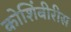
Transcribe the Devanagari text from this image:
कोशिंबीरीस